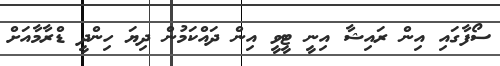
ސޯފާގައި އިން ރައިޝާ އިނީ ޓީވީ އިން ދައްކަމުން ދިޔަ ހިންދީ ޑްރާމާއަށް